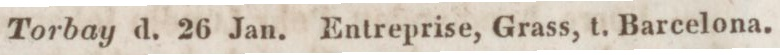
Torbay d. 26 Jan. Entreprise, Grass, t. Barcelona.